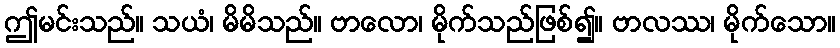
ဤမင်းသည်။ သယံ၊ မိမိသည်။ ဗာလော၊ မိုက်သည်ဖြစ်၍။ ဗာလဿ၊ မိုက်သော။